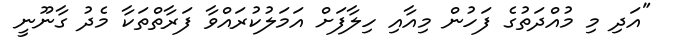
"އަދި މި މުއްދަތުގެ ފަހުން މިއާއި ހިލާފަށް އަމަލުކުރައްވާ ފަރާތްތަކާ މެދު ގާނޫނީ